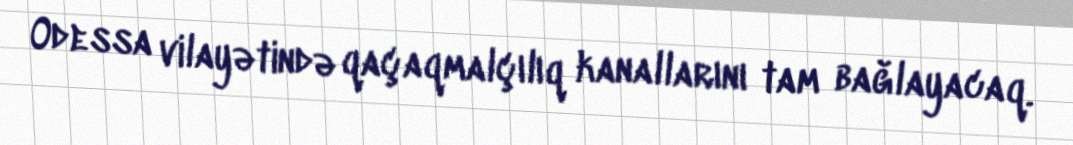
Odessa vilayətində qaçaqmalçılıq kanallarını tam bağlayacaq.